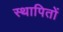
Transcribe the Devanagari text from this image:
स्थापितों